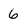
Character: 6